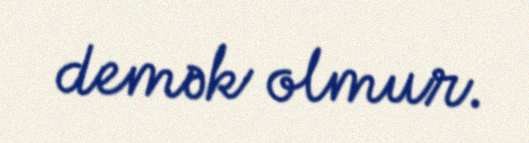
demək olmur.